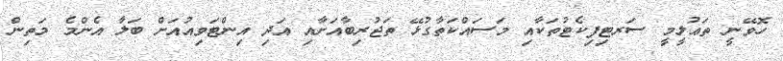
ހޮވޭނީ ތަޢުލީމީ ސަރޓިފިކެޓުތަކާއި މަސައްކަތާގުޅޭ ތަޖުރިބާއަށާއި އަދި އިންޓަވިއުއަށް ބަލާ އެންމެ މަތިން